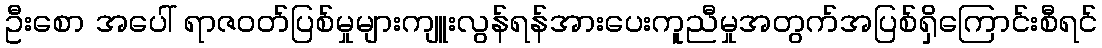
ဦးစော အပေါ် ရာဇဝတ်ပြစ်မှုများကျူးလွန်ရန်အားပေးကူညီမှုအတွက်အပြစ်ရှိကြောင်းစီရင်